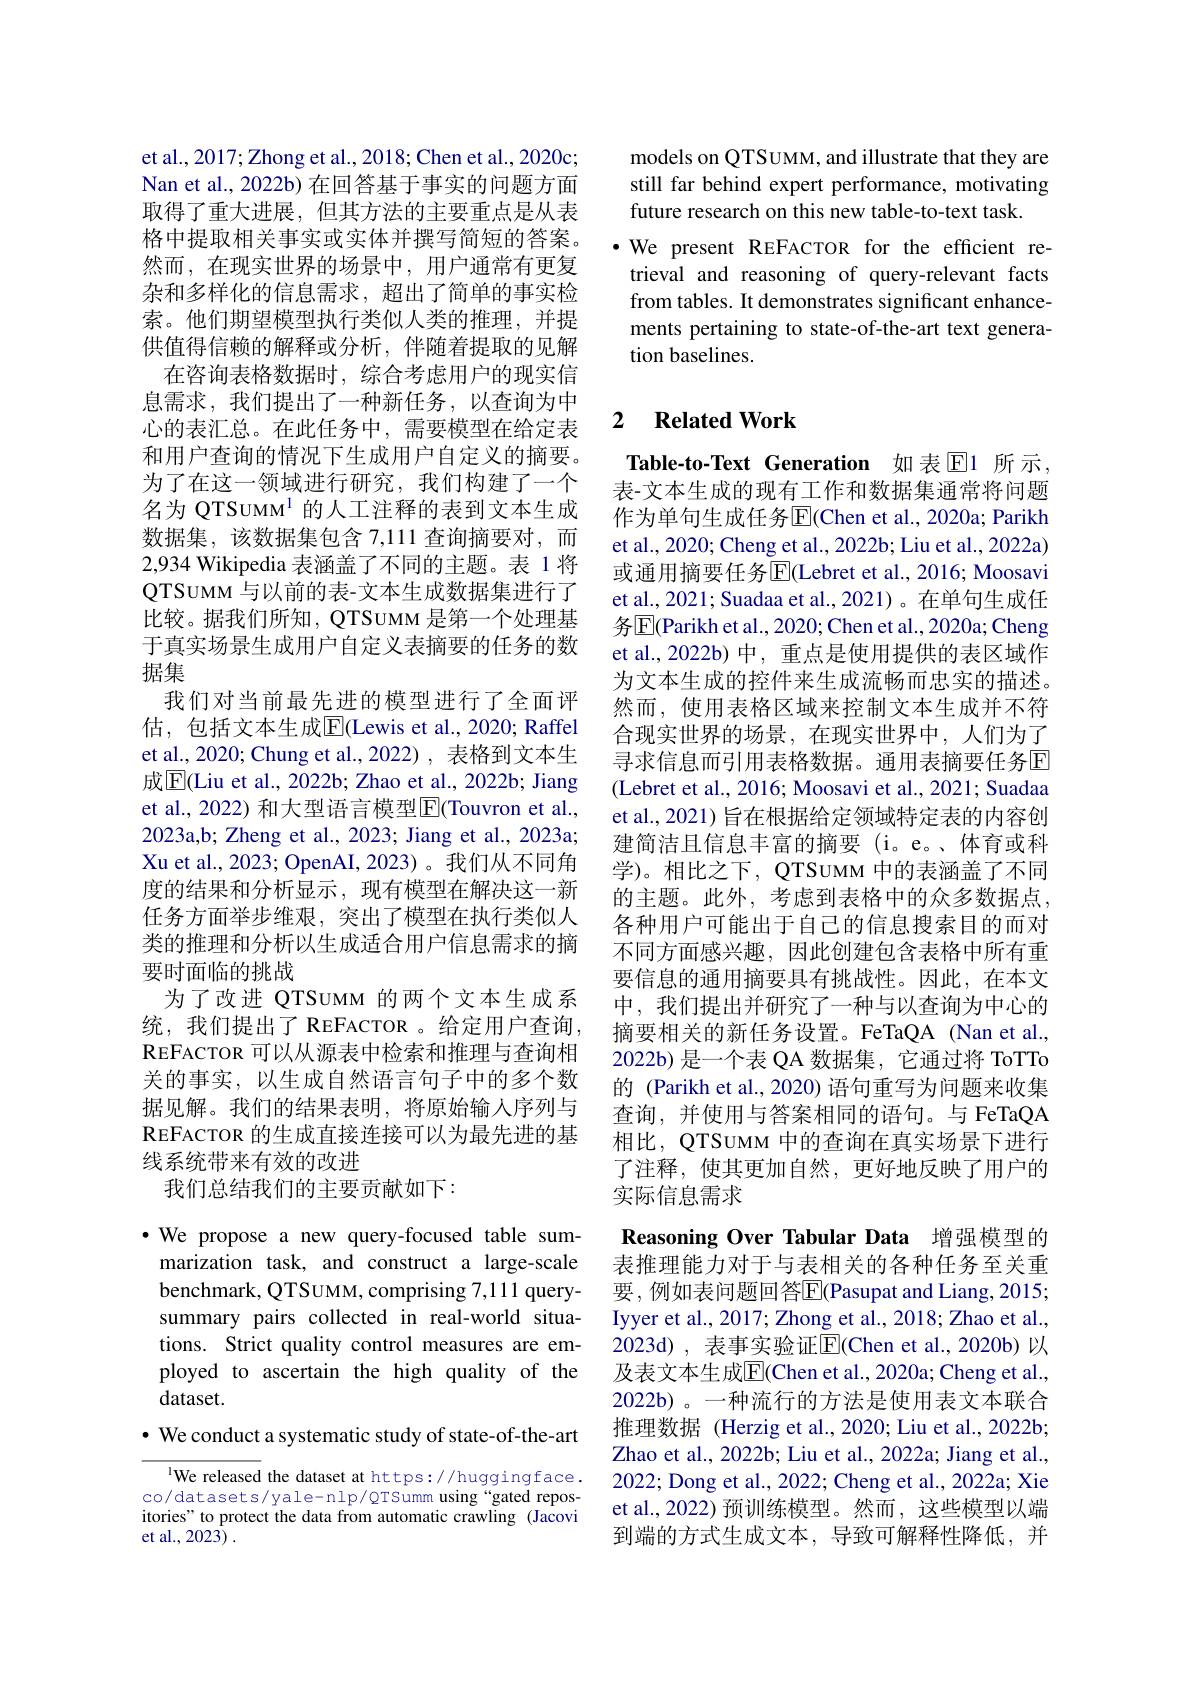
et al., 2017; Zhong et al., 2018; Chen et al., 2020c; Nan et al., 2022b) 在回答基于事实的问题方面取得了重大进展，但其方法的主要重点是从表格中提取相关事实或实体并撰写简短的答案。然而，在现实世界的场景中，用户通常有更复杂和多样化的信息需求，超出了简单的事实检索。他们期望模型执行类似人类的推理，并提供值得信赖的解释或分析，伴随着提取的见解
在咨询表格数据时，综合考虑用户的现实信息需求，我们提出了一种新任务，以查询为中心的表汇总。在此任务中，需要模型在给定表和用户查询的情况下生成用户自定义的摘要。为了在这一领域进行研究，我们构建了一个名为 QTSUMM$^{1}$的人工注释的表到文本生成数据集，该数据集包含 7,111 查询摘要对，而2,934 Wikipedia 表涵盖了不同的主题。表 1 将QTSUMM 与以前的表-文本生成数据集进行了比较。据我们所知，QTSUMM 是第一个处理基于真实场景生成用户自定义表摘要的任务的数据集
我们对当前最先进的模型进行了全面评估，包括文本生成$\overline{\mathbb{E}}($Lewis et al., 2020; Raffel et al., 2020; Chung et al., 2022) , 表格到文本生成$\overline{\mathrm{E}}$(Liu et al., 2022b; Zhao et al., 2022b; Jiang et al., 2022) 和大型语言模型$\boxed{\mathrm{E}}($Touvron et al., 2023a,b; Zheng et al., 2023; Jiang et al., 2023a; Xu et al., 2023; OpenAI, 2023)。我们从不同角度的结果和分析显示，现有模型在解决这一新任务方面举步维艰，突出了模型在执行类似人类的推理和分析以生成适合用户信息需求的摘要时面临的挑战
为了改进 QTSUMM 的两个文本生成系统，我们提出了 REFACTOR 。给定用户查询， REFACTOR可以从源表中检索和推理与查询相关的事实，以生成自然语言句子中的多个数据见解。我们的结果表明，将原始输入序列与REFACTOR 的生成直接连接可以为最先进的基线系统带来有效的改进
我们总结我们的主要贡献如下：

·We propose a new query-focused table sum-
marization task, and construct a large-scale benchmark, QTSUMM, comprising 7,111 querysummary pairs collected in real-world situations. Strict quality control measures are employed to ascertain the high quality of the dataset.
$\cdot$ We conduct a systematic study of state-of-the-art

IWe released the dataset at https://huggingface. co/datasets/yale-nlp/QTSumm using“gated repositories" to protect the data from automatic crawling (Jacovi et al., 2023) .

models on QTSUMM, and illustrate that they are still far behind expert performance, motivating future research on this new table-to-text task.
$\cdot$ We present REFACTOR for the efficient retrieval and reasoning of query-relevant facts from tables. It demonstrates significant enhancements pertaining to state-of-the-art text generation baselines.

## 2 $\textbf{Related Work}$

Table-to-Text Generation 如表$\operatorname{E}$1 所示， 表-文本生成的现有工作和数据集通常将问题作为单句生成任务$\overline{\mathrm{E}}($Chen et al., 2020a; Parikh et al., 2020; Cheng et al., 2022b; Liu et al., 2022a) 或通用摘要任务$\overline{\mathrm{E}}($Lebret et al., 2016; Moosavi et al., 2021; Suadaa et al., 2021)。在单句生成任务$\overline{\mathrm{E}}$(Parikh et al., 2020; Chen et al., 2020a; Cheng et al.,2022b) 中，重点是使用提供的表区域作为文本生成的控件来生成流畅而忠实的描述。然而，使用表格区域来控制文本生成并不符合现实世界的场景，在现实世界中，人们为了寻求信息而引用表格数据。通用表摘要任务回(Lebret et al., 2016; Moosavi et al., 2021; Suadaa et al., 2021) 旨在根据给定领域特定表的内容创建简洁且信息丰富的摘要 (i。e。、体育或科学)。相比之下，QTSUMM 中的表涵盖了不同的主题。此外，考虑到表格中的众多数据点， 各种用户可能出于自己的信息搜索目的而对不同方面感兴趣，因此创建包含表格中所有重要信息的通用摘要具有挑战性。因此，在本文中，我们提出并研究了一种与以查询为中心的摘要相关的新任务设置。FeTaQA (Nan et al., 2022b)是一个表 QA 数据集，它通过将 ToTTo 的 (Parikh et al.,2020) 语句重写为问题来收集查询，并使用与答案相同的语句。与 FeTaQA 相比，QTSUMM 中的查询在真实场景下进行了注释，使其更加自然，更好地反映了用户的实际信息需求
Reasoning Over Tabular Data 增强模型的表推理能力对于与表相关的各种任务至关重要 , 例如表问题回答E$( Pasupat and Liang, 2015;$ Iyyer et al., 2017; Zhong et al., 2018; Zhao et al., 2023d),表事实验证$\overline{\mathrm{F}}($Chen et al.,2020b)以及表文本生成$\overline{\mathrm{E}}$(Chen et al.,2020a; Cheng et al., 2022b) 。一种流行的方法是使用表文本联合推理数据 (Herzig et al.,2020; Liu et al.,2022b; Zhao et al., 2022b; Liu et al., 2022a; Jiang et al., 2022; Dong et al., 2022; Cheng et al., 2022a; Xie et al., 2022) 预训练模型。然而，这些模型以端到端的方式生成文本，导致可解释性降低，并